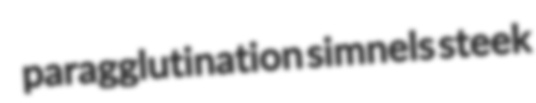
paragglutination simnels steek